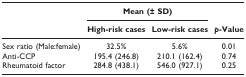
<table><thead><tr><td></td><td colspan="2"><b>Mean (± SD)</b></td><td></td></tr><tr><td></td><td><b>High-risk cases</b></td><td><b>Low-risk cases</b></td><td><b><i>p</i>-Value</b></td></tr></thead><tbody><tr><td>Sex ratio (Male:female)</td><td>32.5%</td><td>5.6%</td><td>0.01</td></tr><tr><td>Anti-CCP</td><td>195.4 (246.8)</td><td>210.1 (162.4)</td><td>0.74</td></tr><tr><td>Rheumatoid factor</td><td>284.8 (438.1)</td><td>546.0 (927.1)</td><td>0.25</td></tr></tbody></table>